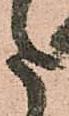
た